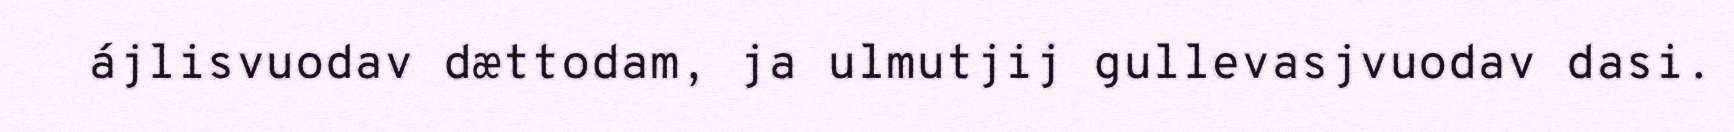
ájlisvuodav dættodam, ja ulmutjij gullevasjvuodav dasi.